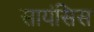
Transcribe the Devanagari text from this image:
सायंसिस